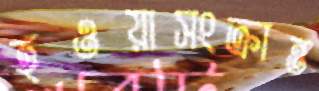
হওয়াসংক্রান্ত